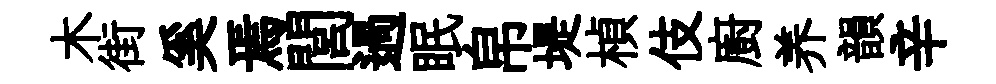
木街奚焉閭過眠帛堤楨伎廚养韻辛